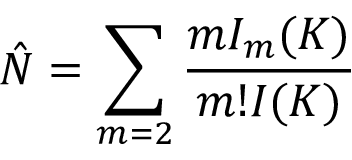
\hat { N } = \sum _ { m = 2 } \frac { m { \cal I } _ { m } ( K ) } { m ! { \cal I } ( K ) }